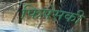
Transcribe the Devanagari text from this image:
फिपेसकी